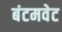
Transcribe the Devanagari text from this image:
बंटमवेट